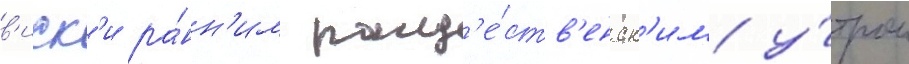
в'иск'и ра́нн'им рожд'е́ств'енск'им у́тром